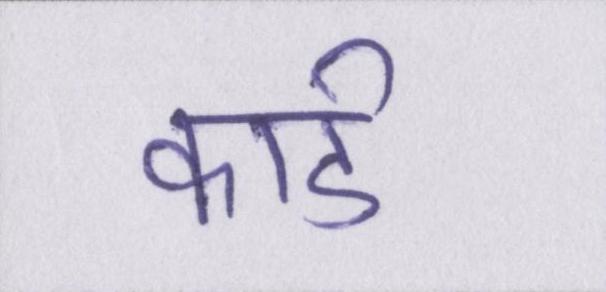
कार्ड